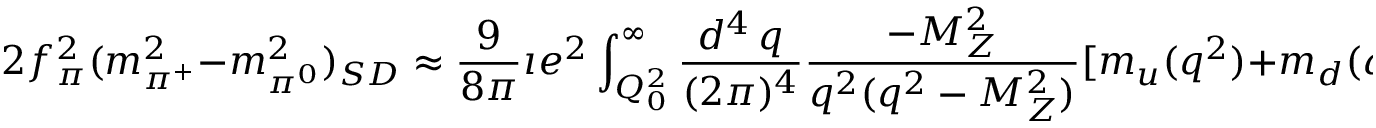
2 f _ { \pi } ^ { 2 } ( m _ { \pi ^ { + } } ^ { 2 } - m _ { \pi ^ { 0 } } ^ { 2 } ) _ { S D } \approx \frac { 9 } { 8 \pi } \imath e ^ { 2 } \int _ { Q _ { 0 } ^ { 2 } } ^ { \infty } \frac { d ^ { 4 } \, q } { ( 2 \pi ) ^ { 4 } } \frac { - M _ { Z } ^ { 2 } } { q ^ { 2 } ( q ^ { 2 } - M _ { Z } ^ { 2 } ) } [ m _ { u } ( q ^ { 2 } ) + m _ { d } ( q ^ { 2 } ) ] ^ { 2 } \; .